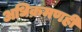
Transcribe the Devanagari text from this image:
अधिक्रमणही